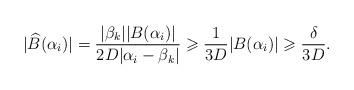
LaTeX: \begin{align*}|\widehat B(\alpha_i)|=\frac{|\beta_k| |B(\alpha_i)|}{2D|\alpha_i-\beta_k|} \geqslant \frac{1}{3D}|B(\alpha_i)|\geqslant \frac{\delta}{3D} .\end{align*}